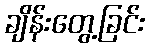
ချိန်းတွေ့ခြင်း